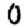
Digit: 0